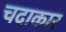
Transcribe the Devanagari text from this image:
चदाकार